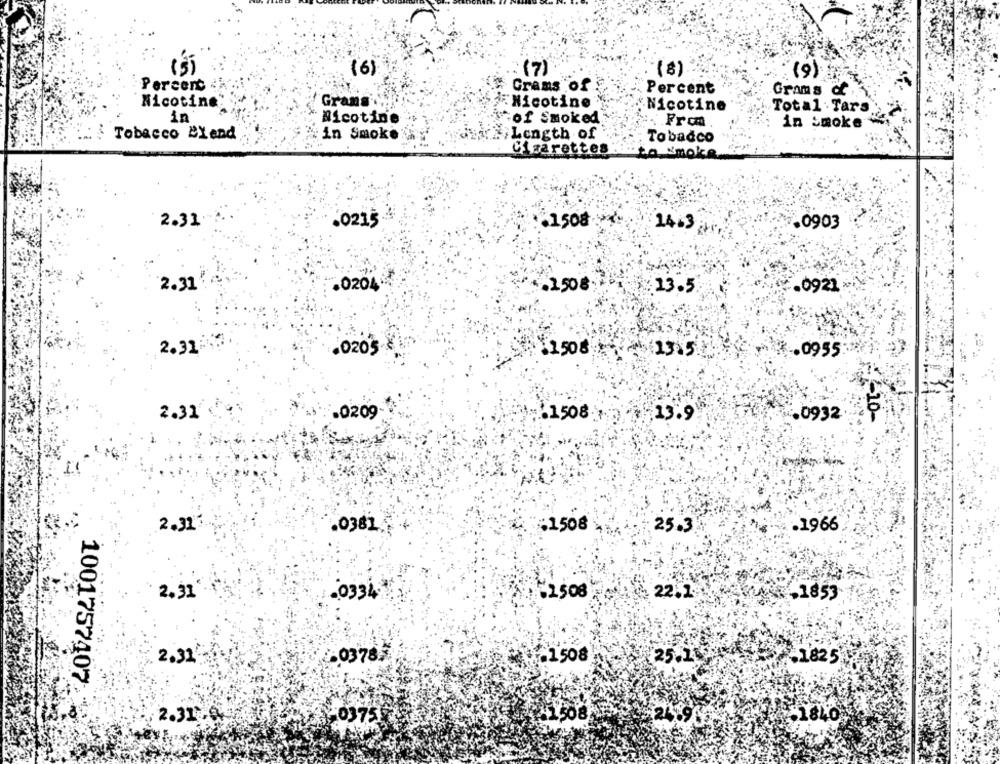
:(7)
(6)
(8)
(9)
Percert
# Grams of
Percent
Grams c
Nicotine
Grans
F Nicotine
Nicotine
Total. Tars
in
Nicotine
*of Smoked
.Fra
in smoke "
Tobacco BYand
in Smoke
Length of
Tobacco
Cigarettes
to smoke
2.31
.0215
61508
14.3
.0903
2.31
.0204
.. 1508:
13.5
.0921
2.31
.0205
1506
.. 0955
2.31'
.0209
.1508
13.9
.0932
-10-
2.31
:1508
.1966
.0381.
25.3
2.31
.0334
62508
22.1.
.1853
.0378.
.1508
2.31
£25.21
-1825
1001757407
+1508
2.31
-0375
-1840